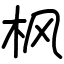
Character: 枫